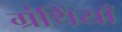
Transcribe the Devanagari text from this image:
ग्रंथिंयाँ